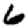
Digit: 6